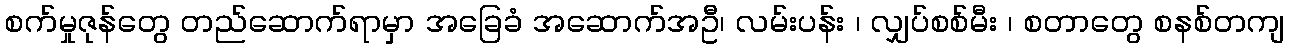
စက်မှုဇုန်တွေ တည်ဆောက်ရာမှာ အခြေခံ အဆောက်အဦ၊ လမ်းပန်း ၊ လျှပ်စစ်မီး ၊ စတာတွေ စနစ်တကျ